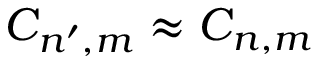
C _ { n ^ { \prime } , m } \approx C _ { n , m }